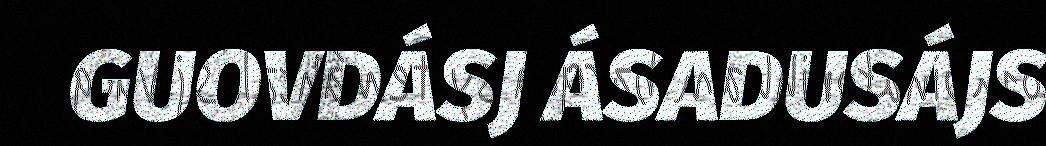
GUOVDÁSJ ÁSADUSÁJS